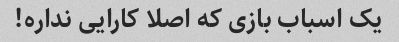
یک اسباب بازی که اصلا کارایی نداره!